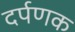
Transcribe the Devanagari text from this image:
दर्पणक